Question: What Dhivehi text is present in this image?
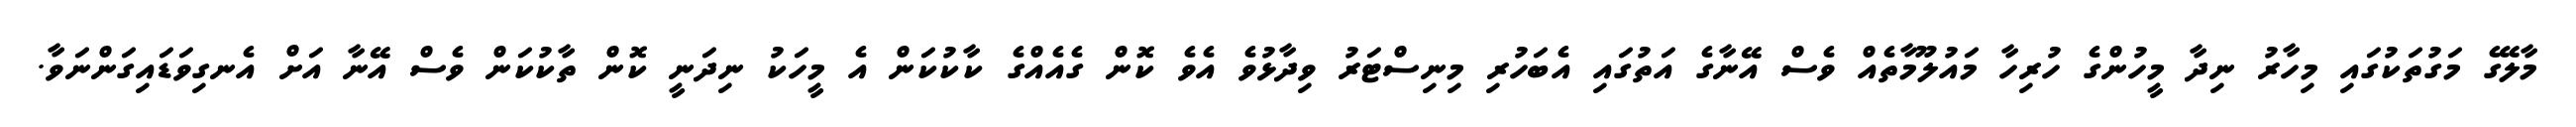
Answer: މާލޭގެ މަގުތަކުގައި މިހާރު ނިދާ މީހުންގެ ހުރިހާ މައުލޫމާތެއް ވެސް އޭނާގެ އަތުގައި އެބަހުރި މިނިސްޓަރު ވިދާޅުވެ އެވެ ކޮން ގެއެއްގެ ކާކުކަން އެ މީހަކު ނިދަނީ ކޮން ތާކުކަން ވެސް އޭނާ އަށް އެނގިވަޑައިގަންނަވާ.